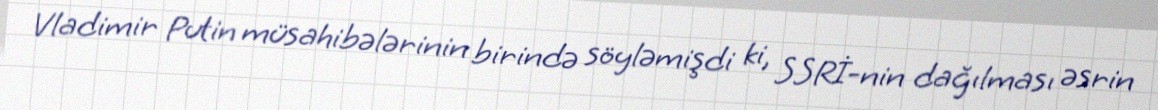
Vladimir Putin müsahibələrinin birində söyləmişdi ki, SSRİ-nin dağılması əsrin